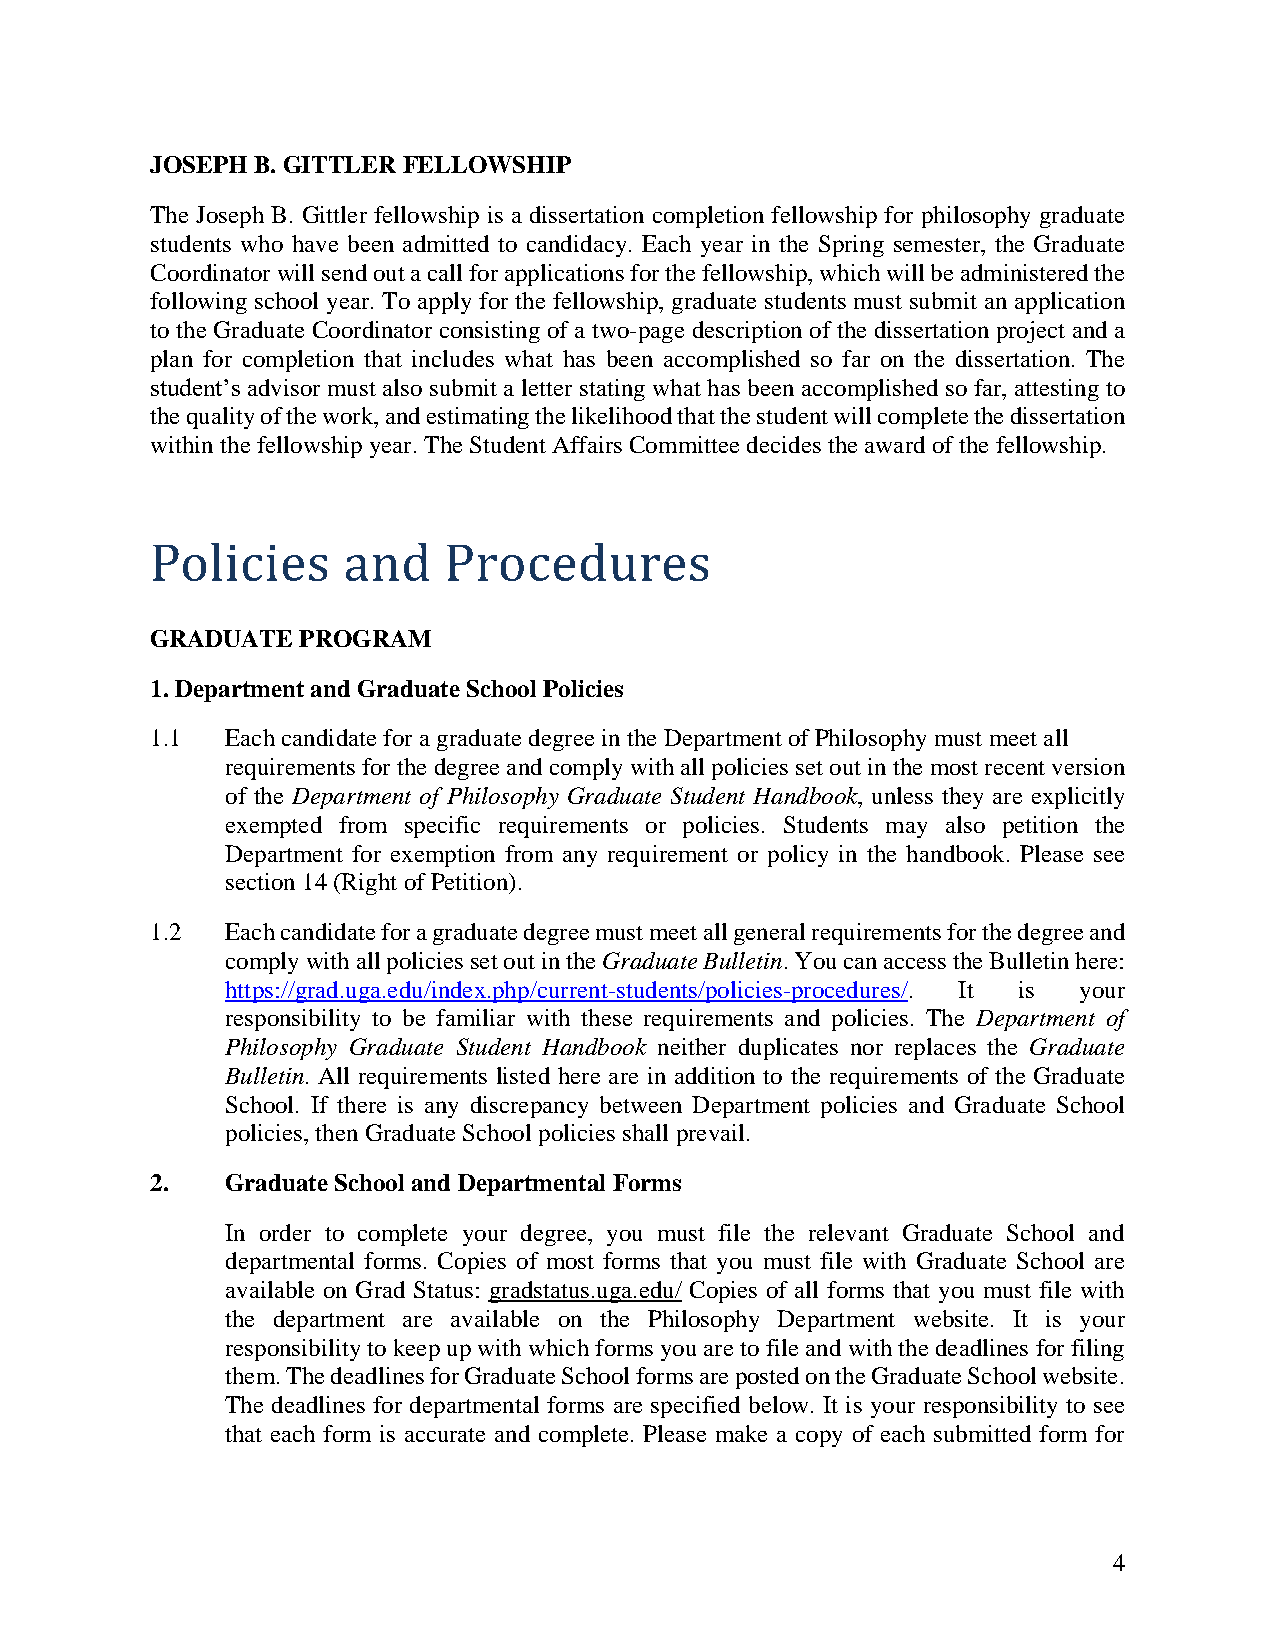
JOSEPH B. GITTLER FELLOWSHIP
 The Joseph B. Gittler fellowship is a dissertation completion fellowship for philosophy graduate
 students who have been admitted to candidacy. Each year in the Spring semester, the Graduate
 Coordinator will send out a call for applications for the fellowship, which will be administered the
 following school year. To apply for the fellowship, graduate students must submit an application
 to the Graduate Coordinator consisting of a two-page description of the dissertation project and a
 plan for completion that includes what has been accomplished so far on the dissertation. The
 student’s advisor must also submit a letter stating what has been accomplished so far, attesting to
 the quality of the work, and estimating the likelihood that the student will complete the dissertation
 within the fellowship year. The Student Affairs Committee decides the award of the fellowship.
 Policies     and   Procedures
 GRADUATE  PROGRAM
 1. Department and Graduate School Policies
 1.1  Each candidate for a graduate degree in the Department of Philosophy must meet all
 requirements for the degree and comply with all policies set out in the most recent version
 of the Department of Philosophy Graduate Student Handbook, unless they are explicitly
 exempted from specific requirements or policies. Students may also petition the
 Department for exemption from any requirement or policy in the handbook. Please see
 section 14 (Right of Petition).
 1.2  Each candidate for a graduate degree must meet all general requirements for the degree and
 comply with all policies set out in the Graduate Bulletin. You can access the Bulletin here:
 https://grad.uga.edu/index.php/current-students/policies-procedures/. It is your
 responsibility to be familiar with these requirements and policies. The Department of
 Philosophy Graduate Student Handbook neither duplicates nor replaces the Graduate
 Bulletin. All requirements listed here are in addition to the requirements of the Graduate
 School. If there is any discrepancy between Department policies and Graduate School
 policies, then Graduate School policies shall prevail.
 2.   Graduate School and Departmental Forms
 In order to complete your degree, you must file the relevant Graduate School and
 departmental forms. Copies of most forms that you must file with Graduate School are
 available on Grad Status: gradstatus.uga.edu/ Copies of all forms that you must file with
 the department are available on the Philosophy Department website. It is your
 responsibility to keep up with which forms you are to file and with the deadlines for filing
 them. The deadlines for Graduate School forms are posted on the Graduate School website.
 The deadlines for departmental forms are specified below. It is your responsibility to see
 that each form is accurate and complete. Please make a copy of each submitted form for
 4